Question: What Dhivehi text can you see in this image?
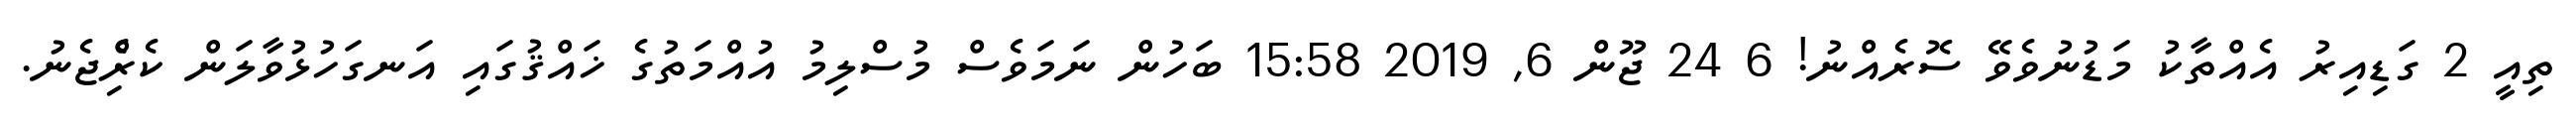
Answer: ތިއީ 2 ގަޑިއިރު އެއްތާކު މަޑުނުވެވޭ ސޮރެއްނު! 6 24 ޖޫން 6, 2019 15:58 ބަހުން ނަމަވެސް މުސްލިމު އުއްމަތުގެ ޚައްޤުގައި އަނގަހުޅުވާލަން ކެރިެްޖެނު.